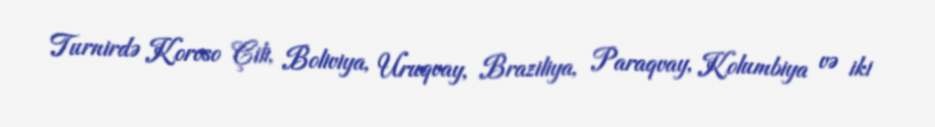
Turnirdə Koroso Çili, Boliviya, Uruqvay, Braziliya, Paraqvay, Kolumbiya və iki